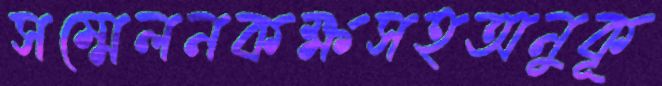
সম্মেলনকক্ষসহঅনুকূ